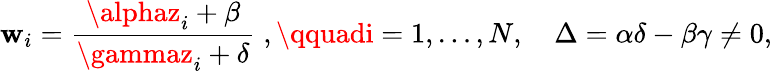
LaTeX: \mathbf{w}_{i}={\frac{{\alphaz_{i}+\beta}}{{\gammaz_{i}+\delta}}}\; ,\qquadi=1,\dots,N,\quad\Delta=\alpha\delta-\beta\gamma\ne0,